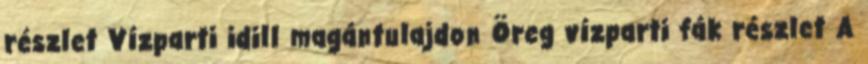
részlet Vízparti idill magántulajdon Öreg vízparti fák részlet A